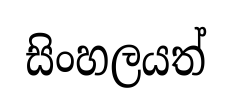
සිංහලයත්